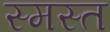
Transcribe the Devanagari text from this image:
स्मस्त